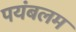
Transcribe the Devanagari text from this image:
पयंबलम